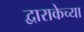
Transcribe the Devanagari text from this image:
द्वाराकेच्या